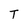
Character: T